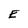
Character: E